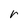
Character: r